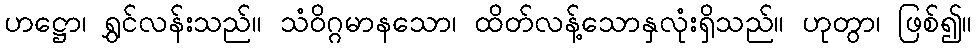
ဟဋ္ဌော၊ ရွှင်လန်းသည်။ သံဝိဂ္ဂမာနသော၊ ထိတ်လန့်သောနှလုံးရှိသည်။ ဟုတွာ၊ ဖြစ်၍။